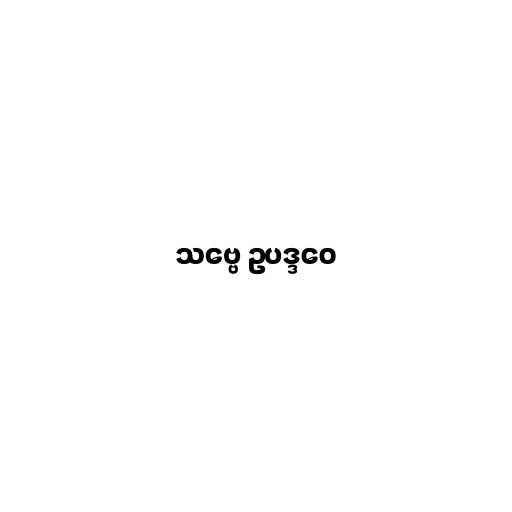
သဗ္ဗေ ဥပဒ္ဒဝေ